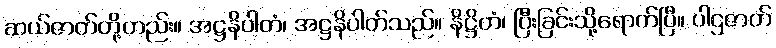
ဆယ်ဇာတ်တို့တည်း။ အဋ္ဌနိပါတံ၊ အဋ္ဌနိပါတ်သည်။ နိဋ္ဌိတံ၊ ပြီးခြင်းသို့ရောက်ပြီ။ ပါဌဇာတ်